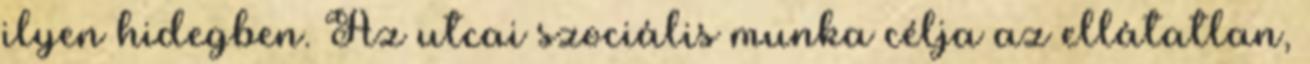
ilyen hidegben. Az utcai szociális munka célja az ellátatlan,